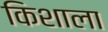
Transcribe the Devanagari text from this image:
किशाला